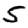
Digit: 5